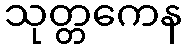
သုတ္တကေန